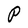
Character: P